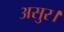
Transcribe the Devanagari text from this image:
असुर।